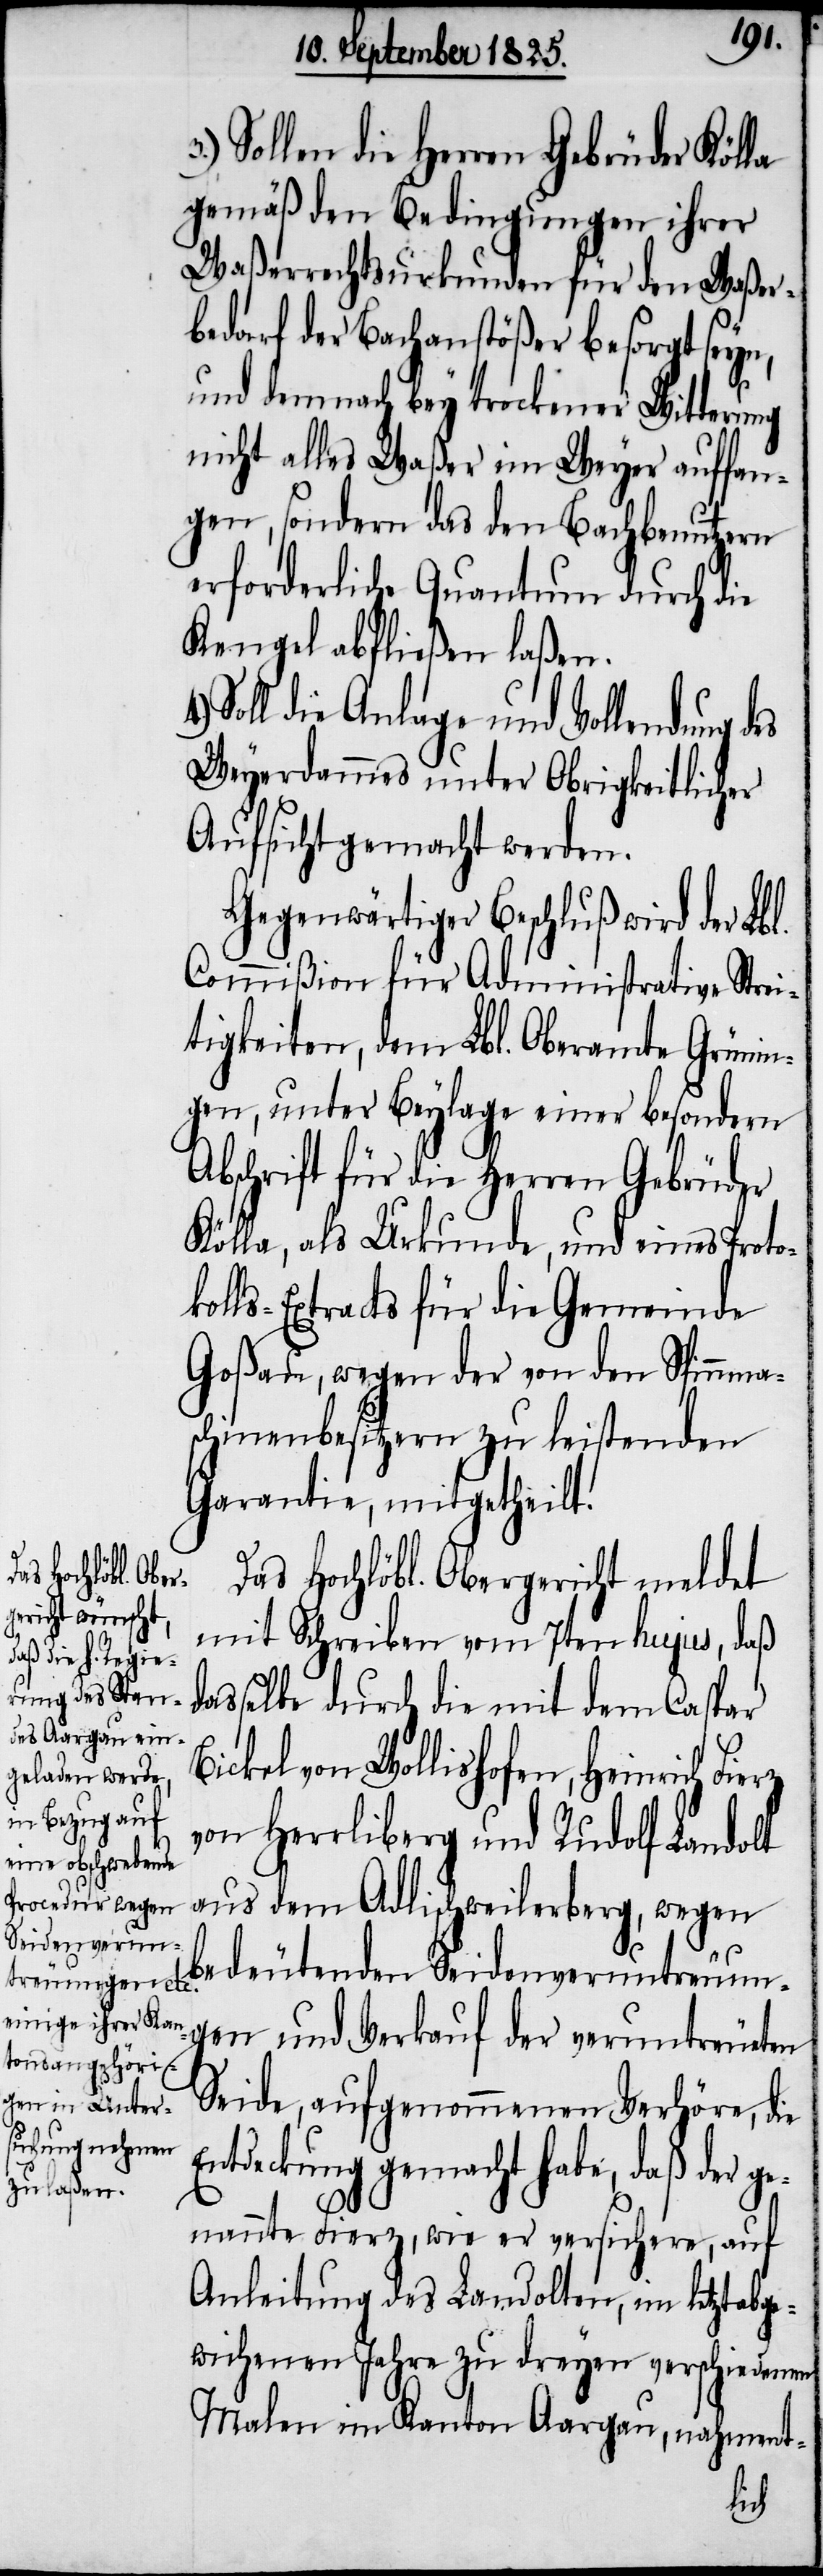
Sollen die Herren Gebrüder Kölla
gemäß den Bedingungen ihrer
Waßerrechtsurkunden für den Waßer¬
bedarf der Bachanstößer besorgt seyn,
und demnach bey trockener Witterung
nicht alles Waßer im Weyer auffan¬
gen, sondern das den Bachbenutzern
erforderliche Quantum durch die
Kengel abfließen laßen.
Soll die Anlage und Vollendung des
Weyerdammes unter Obrigkeitlicher
Aufsicht gemacht werden.
Gegenwärtiger Beschluß wird der Lbl.
Commißion für Administrative Strei¬
tigkeiten, dem Lbl. Oberamte Grünin¬
gen, unter Beylage einer besondern
Abschrift für die Herren Gebrüder
Kölla, als Urkunde, und eines Proto¬
kolls-Extracts für die Gemeinde
Goßau, wegen der von den Spinnmas¬
chinenbesitzern zu leistenden
Garantie, mitgetheilt.
Das Hochlöbl. Obergericht meldet
mit Schreiben vom 7ten hujus, daß
dasselbe durch die mit dem Caspar
Bickel von Wollishofen, Heinrich
von Herrliberg und Rudolf Landolt
aus dem Adlischweilerberg, wegen
bedeutenden Seidenveruntreuun¬
gen und Verkauf der veruntreueten
Seide, aufgenommenen Verhöre, die
ntdeckung gemacht habe, daß der g¬
enannte Fierz, wie er versichere, auf
Anleitung des Landolten, im letztabge¬
wichenen Jahre zu dreyen verschiedenen
Malen im Kanton Aargau, nahment-
E¬